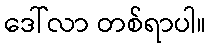
ဒေါ်လာ တစ်ရာပါ။